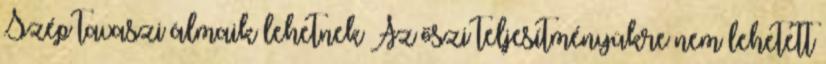
Szép tavaszi álmaik lehetnek Az őszi teljesítményükre nem lehetett